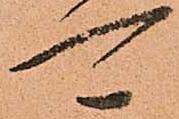
可